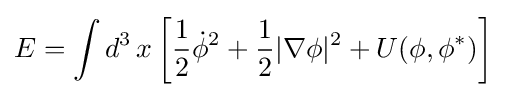
E=\int d^{3}\,x\left[{\frac {1}{2}}{\dot {\phi }}^{2}+{\frac {1}{2}}|\nabla \phi |^{2}+U(\phi ,\phi ^{*})\right]